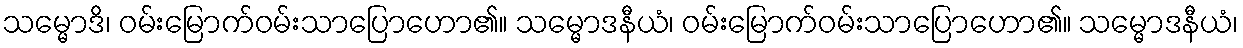
သမ္မောဒိ၊ ဝမ်းမြောက်ဝမ်းသာပြောဟော၏။ သမ္မောဒနီယံ၊ ဝမ်းမြောက်ဝမ်းသာပြောဟော၏။ သမ္မောဒနီယံ၊